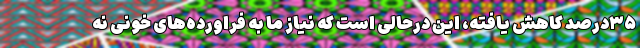
۳۵درصد کاهش یافته، این درحالی است که نیاز ما به فراورده‌های خونی نه